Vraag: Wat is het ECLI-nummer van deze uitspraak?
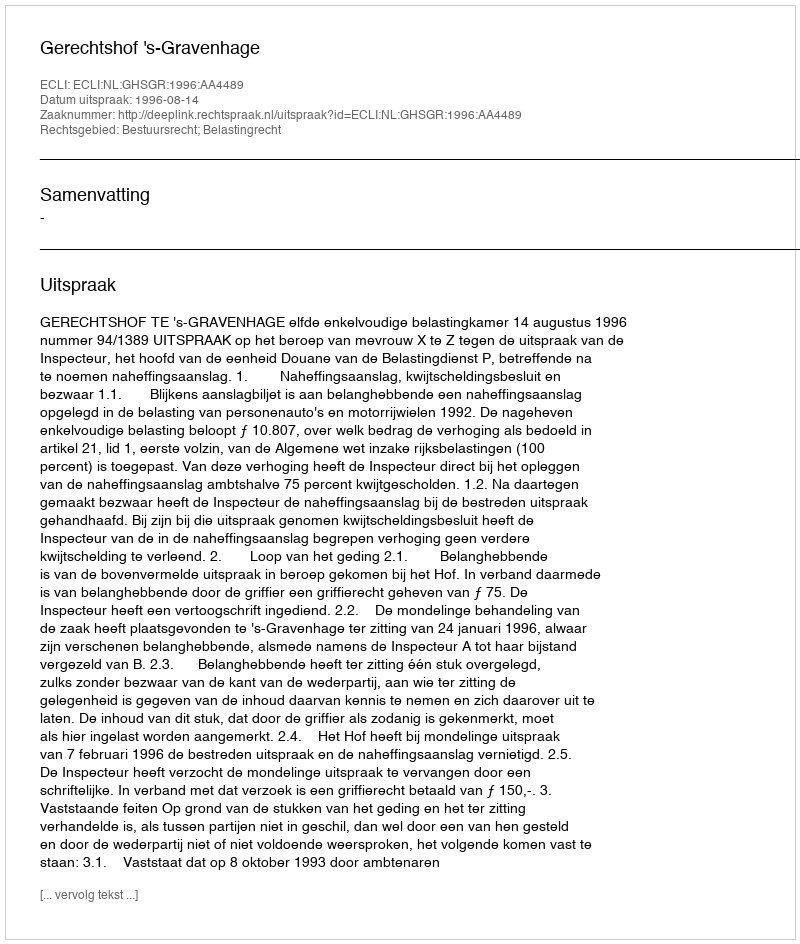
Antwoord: ECLI:NL:GHSGR:1996:AA4489